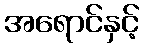
အရောင်နှင့်